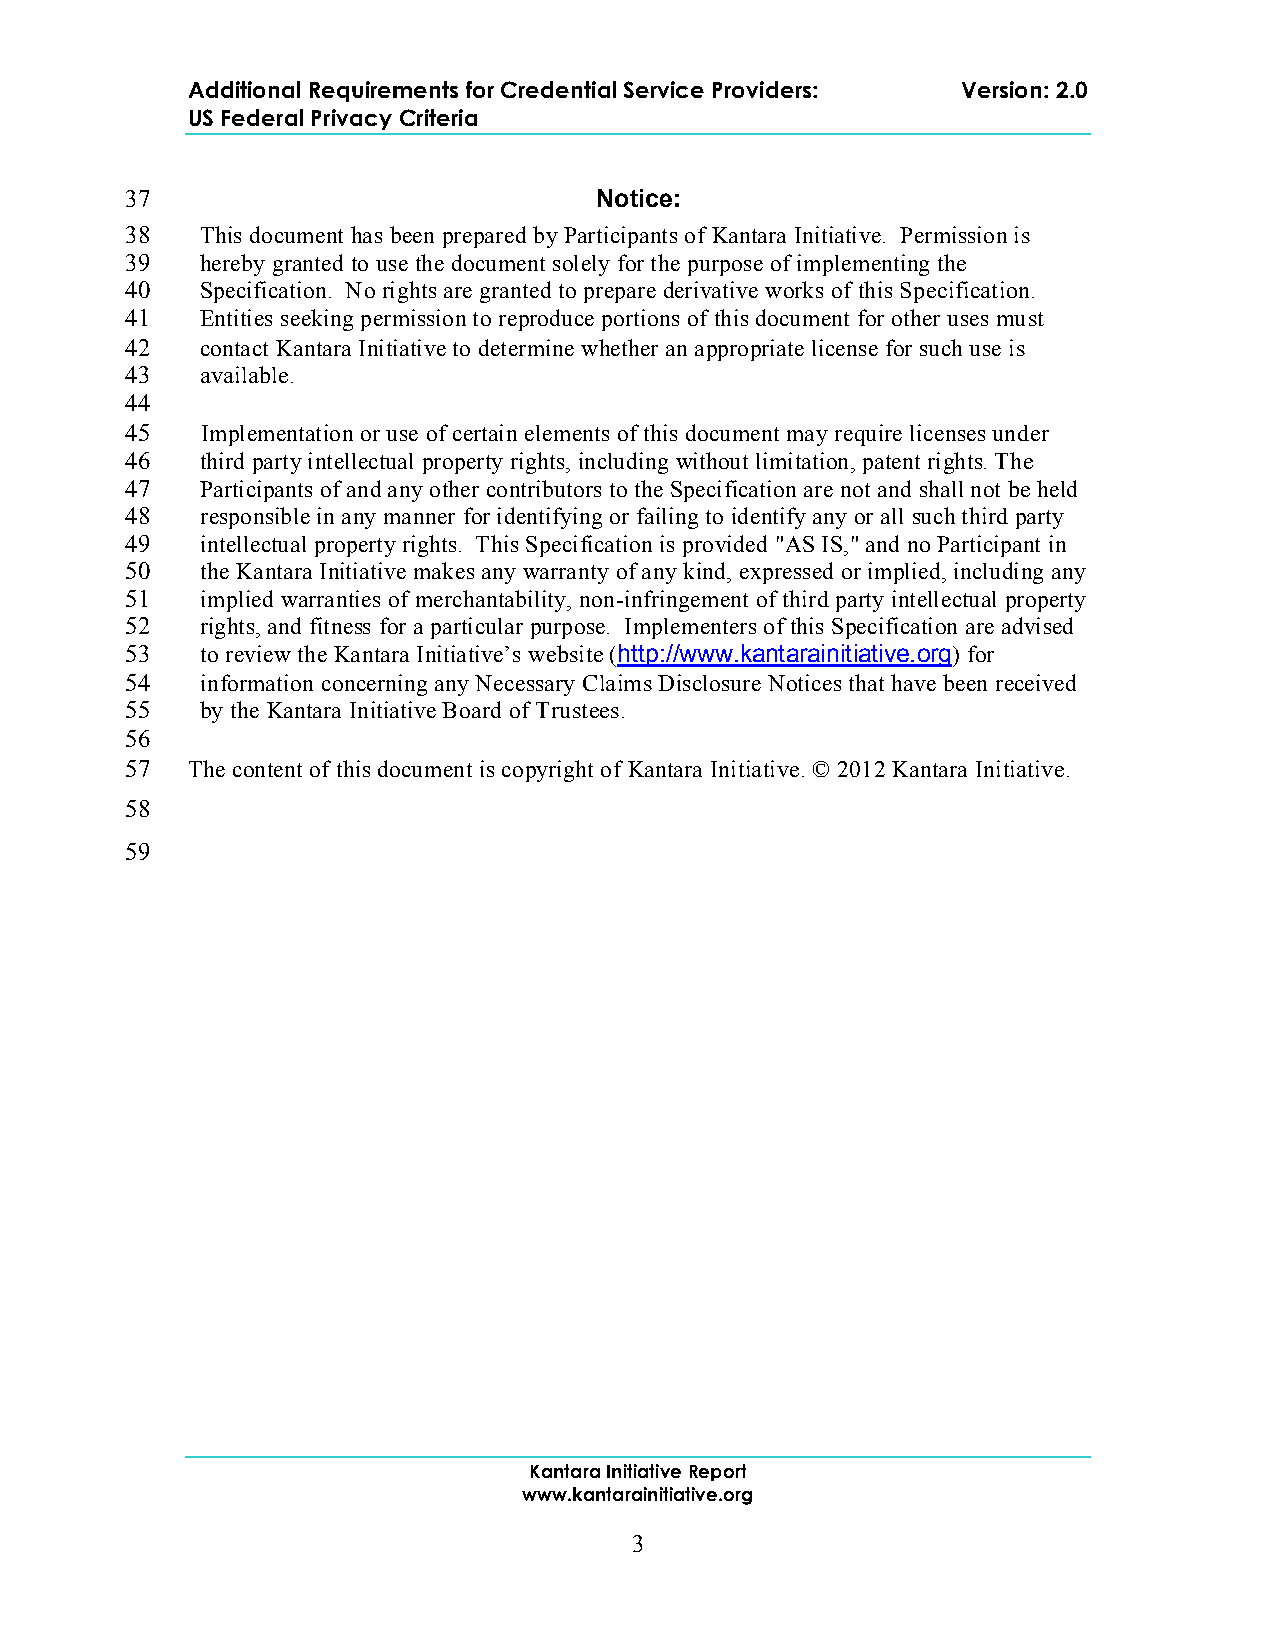
Additional Requirements for Credential Service Providers: Version: 2.0
 US Federal Privacy Criteria
 37                             Notice:
 38   This document has been prepared by Participants of Kantara Initiative. Permission is
 39   hereby granted to use the document solely for the purpose of implementing the
 40   Specification. No rights are granted to prepare derivative works of this Specification.
 41   Entities seeking permission to reproduce portions of this document for other uses must
 42   contact Kantara Initiative to determine whether an appropriate license for such use is
 43   available.
 44
 45   Implementation or use of certain elements of this document may require licenses under
 46   third party intellectual property rights, including without limitation, patent rights. The
 47   Participants of and any other contributors to the Specification are not and shall not be held
 48   responsible in any manner for identifying or failing to identify any or all such third party
 49   intellectual property rights. This Specification is provided "AS IS," and no Participant in
 50   the Kantara Initiative makes any warranty of any kind, expressed or implied, including any
 51   implied warranties of merchantability, non-infringement of third party intellectual property
 52   rights, and fitness for a particular purpose. Implementers of this Specification are advised
 53   to review the Kantara Initiative’s website (http://www.kantarainitiative.org) for
 54   information concerning any Necessary Claims Disclosure Notices that have been received
 55   by the Kantara Initiative Board of Trustees.
 56
 57  The content of this document is copyright of Kantara Initiative. © 2012 Kantara Initiative.
 58
 59
 Kantara Initiative Report
 www.kantarainitiative.org
 3